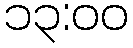
၁၃:၀၀